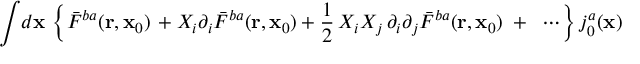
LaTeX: { \int } d { \bf x } \, \left\{ { \bar { \cal F } } ^ { b a } ( { \bf r } , { \bf x } _ { 0 } ) \, + X _ { i } \partial _ { i } { \bar { \cal F } } ^ { b a } ( { \bf r } , { \bf x } _ { 0 } ) + \frac { 1 } { 2 } \, X _ { i } X _ { j } \, \partial _ { i } \partial _ { j } { \bar { \cal F } } ^ { b a } ( { \bf r } , { \bf x } _ { 0 } ) \; + \; \; \cdots \right\} { j } _ { 0 } ^ { a } ( { \bf x } )